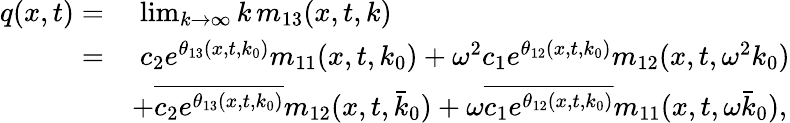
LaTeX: \begin{array}{rl}{q(x,t)=}&{\; \operatorname*{lim}_{k\to\infty}k\, m_{13}(x,t,k)}\\ {=}&{\; c_{2}e^{\theta_{13}(x,t,k_{0})}m_{11}(x,t,k_{0})+\omega^{2}c_{1}e^{\theta_{12}(x,t,k_{0})}m_{12}(x,t,\omega^{2}k_{0})}\\ &{+\overline{{c_{2}e^{\theta_{13}(x,t,k_{0})}}}m_{12}(x,t,\bar{k}_{0})+\omega\overline{{c_{1}e^{\theta_{12}(x,t,k_{0})}}}m_{11}(x,t,\omega\bar{k}_{0}),}\end{array}